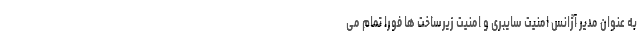
به عنوان مدیر آژانس امنیت سایبری و امنیت زیرساخت ها فوراً تمام می